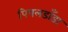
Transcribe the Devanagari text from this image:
पिपलडाँडा